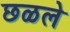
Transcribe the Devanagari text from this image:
छळले